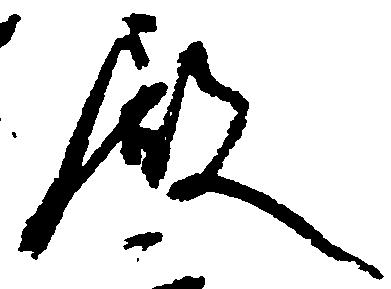
殿